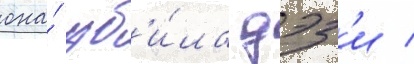
она́ уб'и́ла дэз'и /